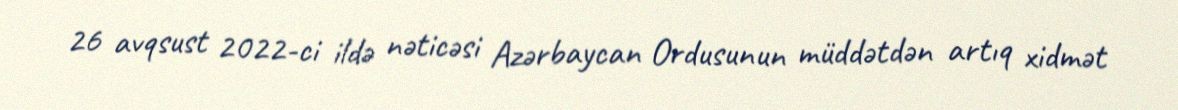
26 avqsust 2022-ci ildə nəticəsi Azərbaycan Ordusunun müddətdən artıq xidmət